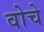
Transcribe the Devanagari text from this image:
वोचे